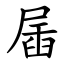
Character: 㞚